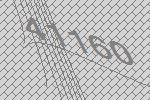
41160